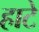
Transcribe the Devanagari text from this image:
हाटे